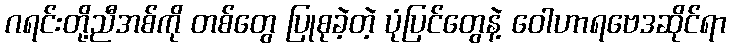
ဂရင်းတို့ညီအစ်ကို တစ်တွေ ပြုစုခဲ့တဲ့ ပုံပြင်တွေနဲ့ ဝေါဟာရဗေဒဆိုင်ရာ